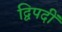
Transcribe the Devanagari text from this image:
द्विपदीं